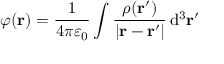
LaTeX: \varphi \mathbf { ( r ) } = { \frac { 1 } { 4 \pi \varepsilon _ { 0 } } } \int { \frac { \rho ( \mathbf { r ^ { \prime } } ) } { | \mathbf { r } - \mathbf { r ^ { \prime } } | } } \, \mathrm { d ^ { 3 } } \mathbf { r ^ { \prime } }